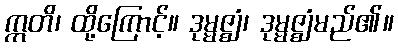
ဣတိ၊ ထို့ကြောင့်။ ဒုမ္မဇ္ဈံ၊ ဒုမ္မဇ္ဈံမည်၏။